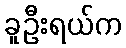
ခူဦးရယ်က